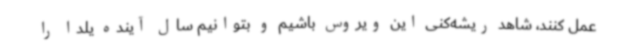
عمل کنند، شاهد ریشه‌کنی این ویروس باشیم و بتوانیم سال آینده یلدا را